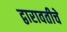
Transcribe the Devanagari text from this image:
द्वारावतीचे